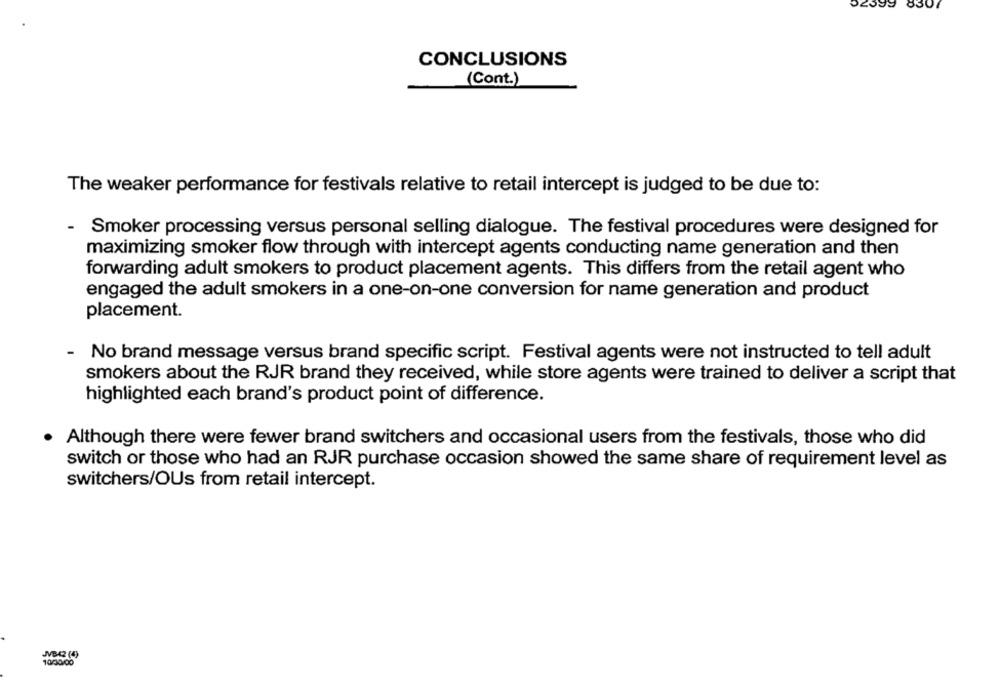
52399 8307
CONCLUSIONS
(Cont.)
The weaker performance for festivals relative to retail intercept is judged to be due to:
- Smoker processing versus personal selling dialogue. The festival procedures were designed for
maximizing smoker flow through with intercept agents conducting name generation and then
forwarding adult smokers to product placement agents. This differs from the retail agent who
engaged the adult smokers in a one-on-one conversion for name generation and product
placement.
No brand message versus brand specific script. Festival agents were not instructed to tell adult
smokers about the RJR brand they received, while store agents were trained to deliver a script that
highlighted each brand's product point of difference.
. Although there were fewer brand switchers and occasional users from the festivals, those who did
switch or those who had an RJR purchase occasion showed the same share of requirement level as
switchers/OUs from retail intercept.
MVBR (4)
10/30/00